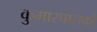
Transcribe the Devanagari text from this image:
कुमारपालको